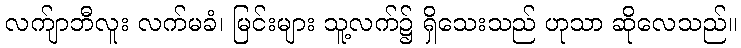
လက်ျာဘီလူး လက်မခံ၊ မြင်းများ သူ့လက်၌ ရှိသေးသည် ဟုသာ ဆိုလေသည်။